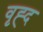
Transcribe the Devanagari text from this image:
वृह्द